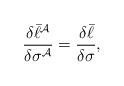
LaTeX: \begin{align*}\frac{\delta\bar\ell^\mathcal{A}}{\delta\sigma^\mathcal{A}}=\frac{\delta\bar\ell}{\delta\sigma},\end{align*}